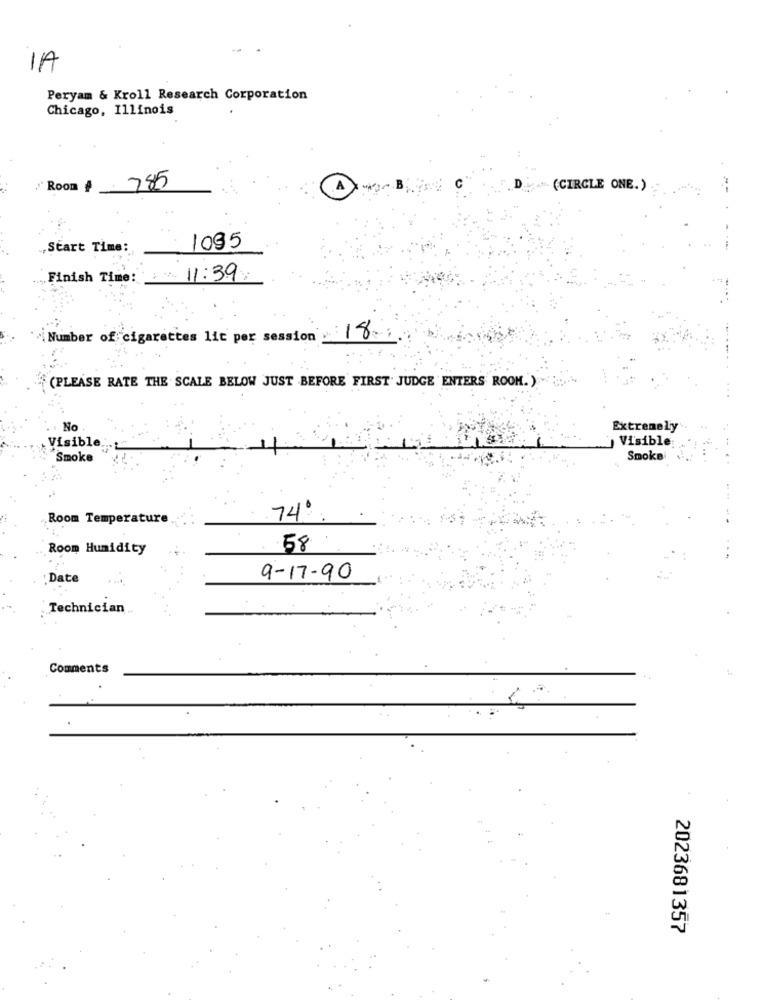
1A
Peryam & Kroll Research Corporation
Chicago, Illinois
/ Room # 785
4"L (CIRCLE ONE.)
==
Start Time:
1095
„Finish Time: 11:39
{Number of cigarettes lit per session
:18%
(PLEASE RATE THE SCALE BELOW JUST BEFORE FIRST' JUDGE ENTERS ROOM.)
No
Extremely
Visible .:
Visible
Smoke
Smoke
Room Temperature
74º
Room Humidity
58
: Date
9-17-90
Technician
Comments
2023681357